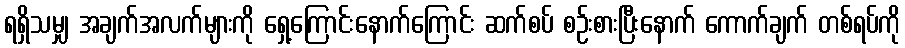
ရရှိသမျှ အချက်အလက်များကို ရှေ့ကြောင်းနောက်ကြောင်း ဆက်စပ် စဉ်းစားပြီးနောက် ကောက်ချက် တစ်ရပ်ကို